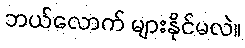
ဘယ်လောက် များနိုင်မလဲ။